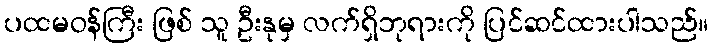
ပထမဝန်ကြီး ဖြစ် သူ ဦးနုမှ လက်ရှိဘုရားကို ပြင်ဆင်ထားပါသည်။